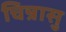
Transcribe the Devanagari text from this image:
चिन्रासु